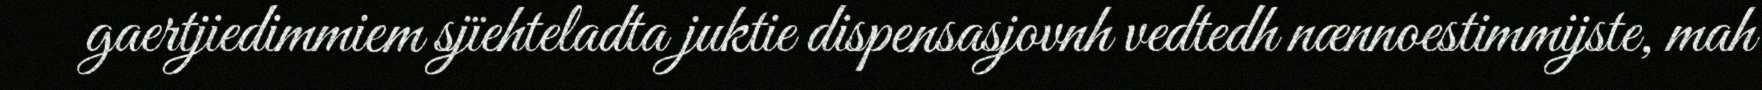
gaertjiedimmiem sjïehteladta juktie dispensasjovnh vedtedh nænnoestimmijste, mah